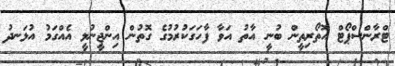
ޓްރާންސްޕޯޓް އޮތޯރިތީން ބުނީ އާތު އަވާ ފާހަގަކުރުމުގެ ގޮތުން އިންޖީނުލީ އެއްގަމު އުޅަނދު